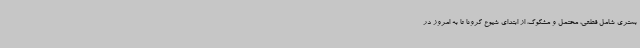
بستری شامل قطعی، محتمل و مشکوک، از ابتدای شیوع کرونا تا به امروز در